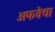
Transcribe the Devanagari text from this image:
अफवेचा